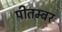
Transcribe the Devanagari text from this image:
पीतम्बर